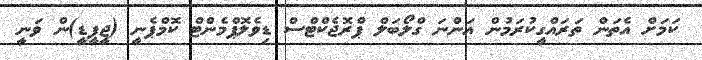
ކަމަށް އެތަން ތަރައްގީކުރަމުން އަންނަ ގްލޯބަލް ޕްރޮޖެކްޓްސް ޑިވެލޮޕްމެންޓް ކޮމްޕެނީ (ޖީޕީޑީ)ން ވަނީ